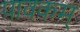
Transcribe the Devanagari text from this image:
पावकम्